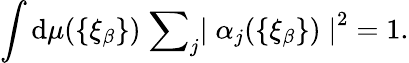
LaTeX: \int\mathrm{d}\mu(\{ {\xi}_{\beta}\} )\; {\sum}_{j}{\mid{\alpha}_{j}(\{ {\xi}_{\beta}\} )\mid}^{2}=1.